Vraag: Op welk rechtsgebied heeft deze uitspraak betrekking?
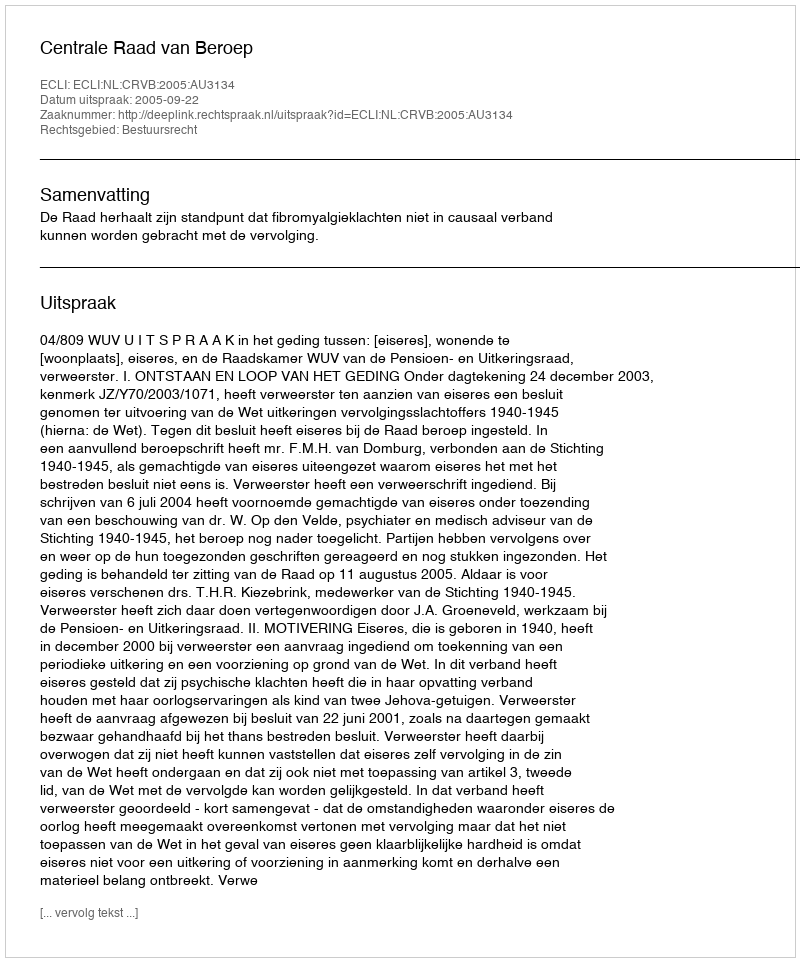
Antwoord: Bestuursrecht